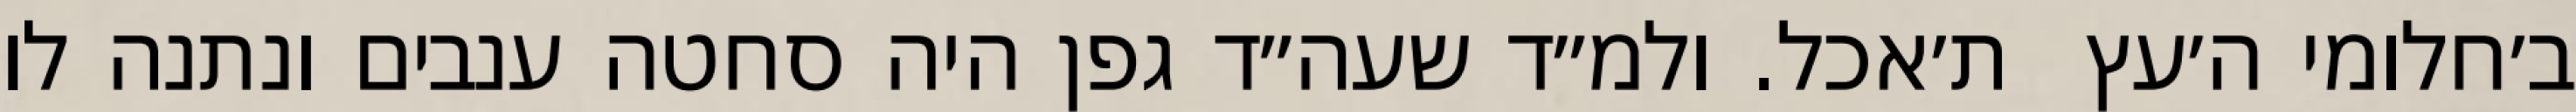
ב׳חלומי ה׳עץ  ת׳אכל. ולמ״ד שעה״ד גפן היה סחטה ענבים ונתנה לו